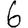
Digit: 6